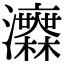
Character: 𤅅